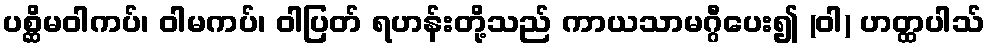
ပစ္ဆိမဝါကပ်၊ ဝါမကပ်၊ ဝါပြတ် ရဟန်းတို့သည် ကာယသာမဂ္ဂီပေး၍ (ဝါ) ဟတ္ထပါသ်